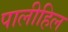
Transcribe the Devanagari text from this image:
पालीहिल